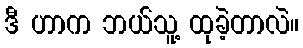
ဒီ ဟာက ဘယ်သူ့ ထုခဲ့တာလဲ။